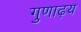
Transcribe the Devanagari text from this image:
गुणाढ़य